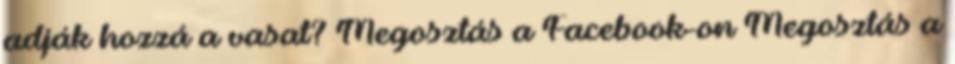
adják hozzá a vasat? Megosztás a Facebook-on Megosztás a